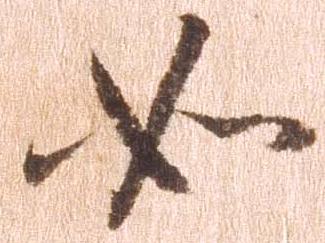
如